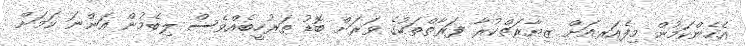
އެހެންކަމުން މިފެއަރއަށް ޒިޔާރަތްކުރާ ފަރާތްތަކުގެ ވަރަށް ބޮޑު ތަރުހީބެއްވެސް ލިބެމުން އަންނަ ކަމަށް